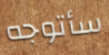
سأتوجه